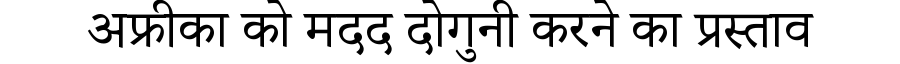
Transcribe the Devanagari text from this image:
अफ्रीका को मदद दोगुनी करने का प्रस्ताव